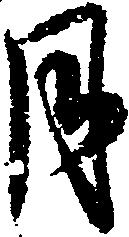
月